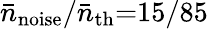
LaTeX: \bar{n}_{\mathrm{noise}}/\bar{n}_{\mathrm{th}}{=}15/85